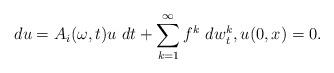
LaTeX: \begin{align*} du=A_i(\omega,t) u \,\,dt +\sum_{k=1}^{\infty}f^k\,\,dw^k_t,u(0,x)=0.\end{align*}